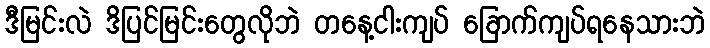
ဒီမြင်းလဲ ဒိပြင်မြင်းတွေလိုဘဲ တနေ့ငါးကျပ် ခြောက်ကျပ်ရနေသားဘဲ